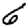
Digit: 6